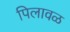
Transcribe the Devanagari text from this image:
पिलावळ